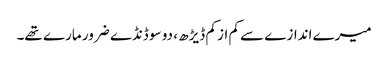
میرے اندازے سے کم از کم ڈیڑھ ، دو سو ڈنڈے ضرور مارے تھے۔